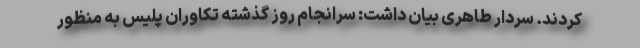
کردند. سردار طاهری بیان داشت: سرانجام روز گذشته تکاوران پلیس به منظور